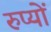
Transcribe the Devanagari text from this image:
रुप्यों